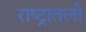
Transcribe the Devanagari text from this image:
राष्ट्रातली